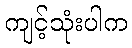
ကျင့်သုံးပါက